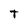
Character: t